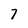
Character: 7